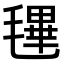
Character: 𣯴